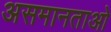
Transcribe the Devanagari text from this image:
असमानताओ